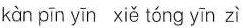
kàn pīn yīn xiě tóng yīn zì